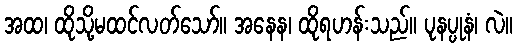
အထ၊ ထိုသို့မထင်လတ်သော်။ အနေန၊ ထိုရဟန်းသည်။ ပုနပ္ပုနံ၊ လဲ။